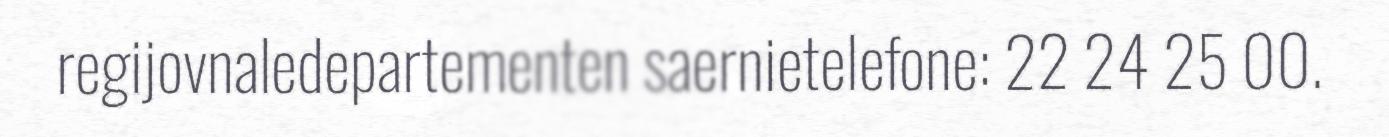
regijovnaledepartementen saernietelefone: 22 24 25 00.